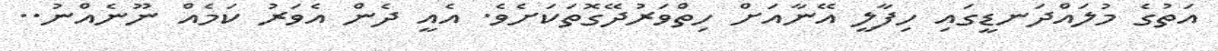
އަތުގެ މުލައްދަނޑީގައި ހިފާލީ އޭނާއަށް ހިތްވަރުދޭގޮތަކަށެވެ. އެއީ ދެން އެވަރު ކަމެއް ނޫނެއްނު..